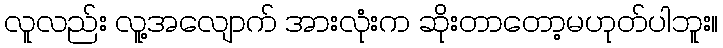
လူလည်း လူ့အလျောက် အားလုံးက ဆိုးတာတော့မဟုတ်ပါဘူး။